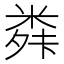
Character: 𮇣